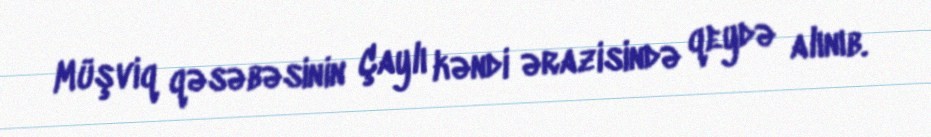
Müşviq qəsəbəsinin Çaylı kəndi ərazisində qeydə alınıb.